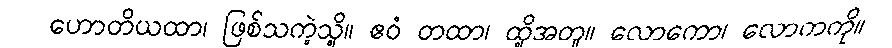
ဟောတိယထာ၊ ဖြစ်သကဲ့သို့။ ဧဝံ တထာ၊ ထို့အတူ။ လောကော၊ လောကကို။